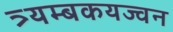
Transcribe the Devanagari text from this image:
त्र्यम्बकयज्वन